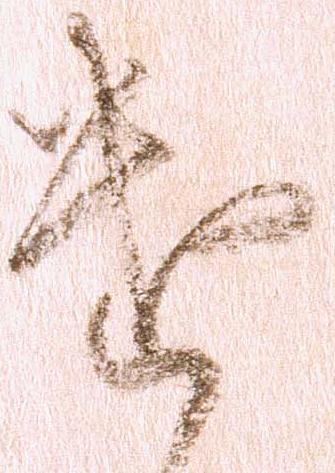
遣